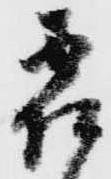
霜